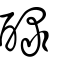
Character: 醁